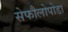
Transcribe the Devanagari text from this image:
सेफौलोपोडा